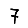
Digit: 7